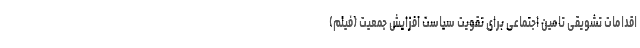
اقدامات تشویقی تامین اجتماعی برای تقویت سیاست افزایش جمعیت (فیلم)